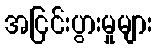
အငြင်းပွားမှုများ